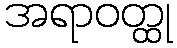
အရာဝတ္ထု